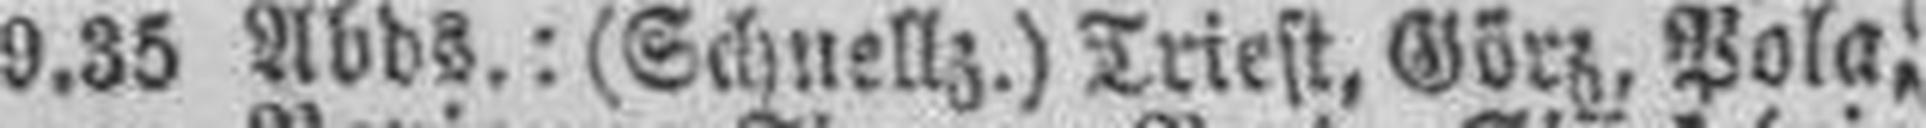
9.35 Abds.: (Schnellz.) Triest, Görz, Pola;